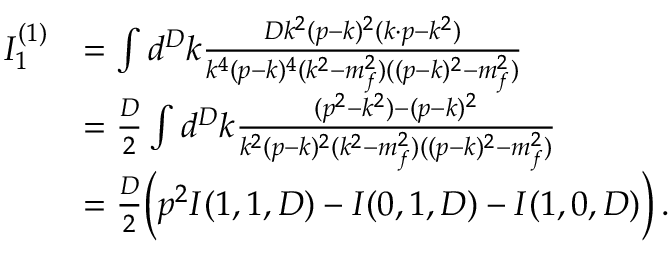
\begin{array} { r l } { I _ { 1 } ^ { ( 1 ) } } & { = \int d ^ { D } k \frac { D k ^ { 2 } ( p - k ) ^ { 2 } ( k \cdot p - k ^ { 2 } ) } { k ^ { 4 } ( p - k ) ^ { 4 } ( k ^ { 2 } - m _ { f } ^ { 2 } ) ( ( p - k ) ^ { 2 } - m _ { f } ^ { 2 } ) } } \\ & { = \frac { D } { 2 } \int d ^ { D } k \frac { ( p ^ { 2 } - k ^ { 2 } ) - ( p - k ) ^ { 2 } } { k ^ { 2 } ( p - k ) ^ { 2 } ( k ^ { 2 } - m _ { f } ^ { 2 } ) ( ( p - k ) ^ { 2 } - m _ { f } ^ { 2 } ) } } \\ & { = \frac { D } { 2 } \Big ( p ^ { 2 } I ( 1 , 1 , D ) - I ( 0 , 1 , D ) - I ( 1 , 0 , D ) \Big ) \, . } \end{array}